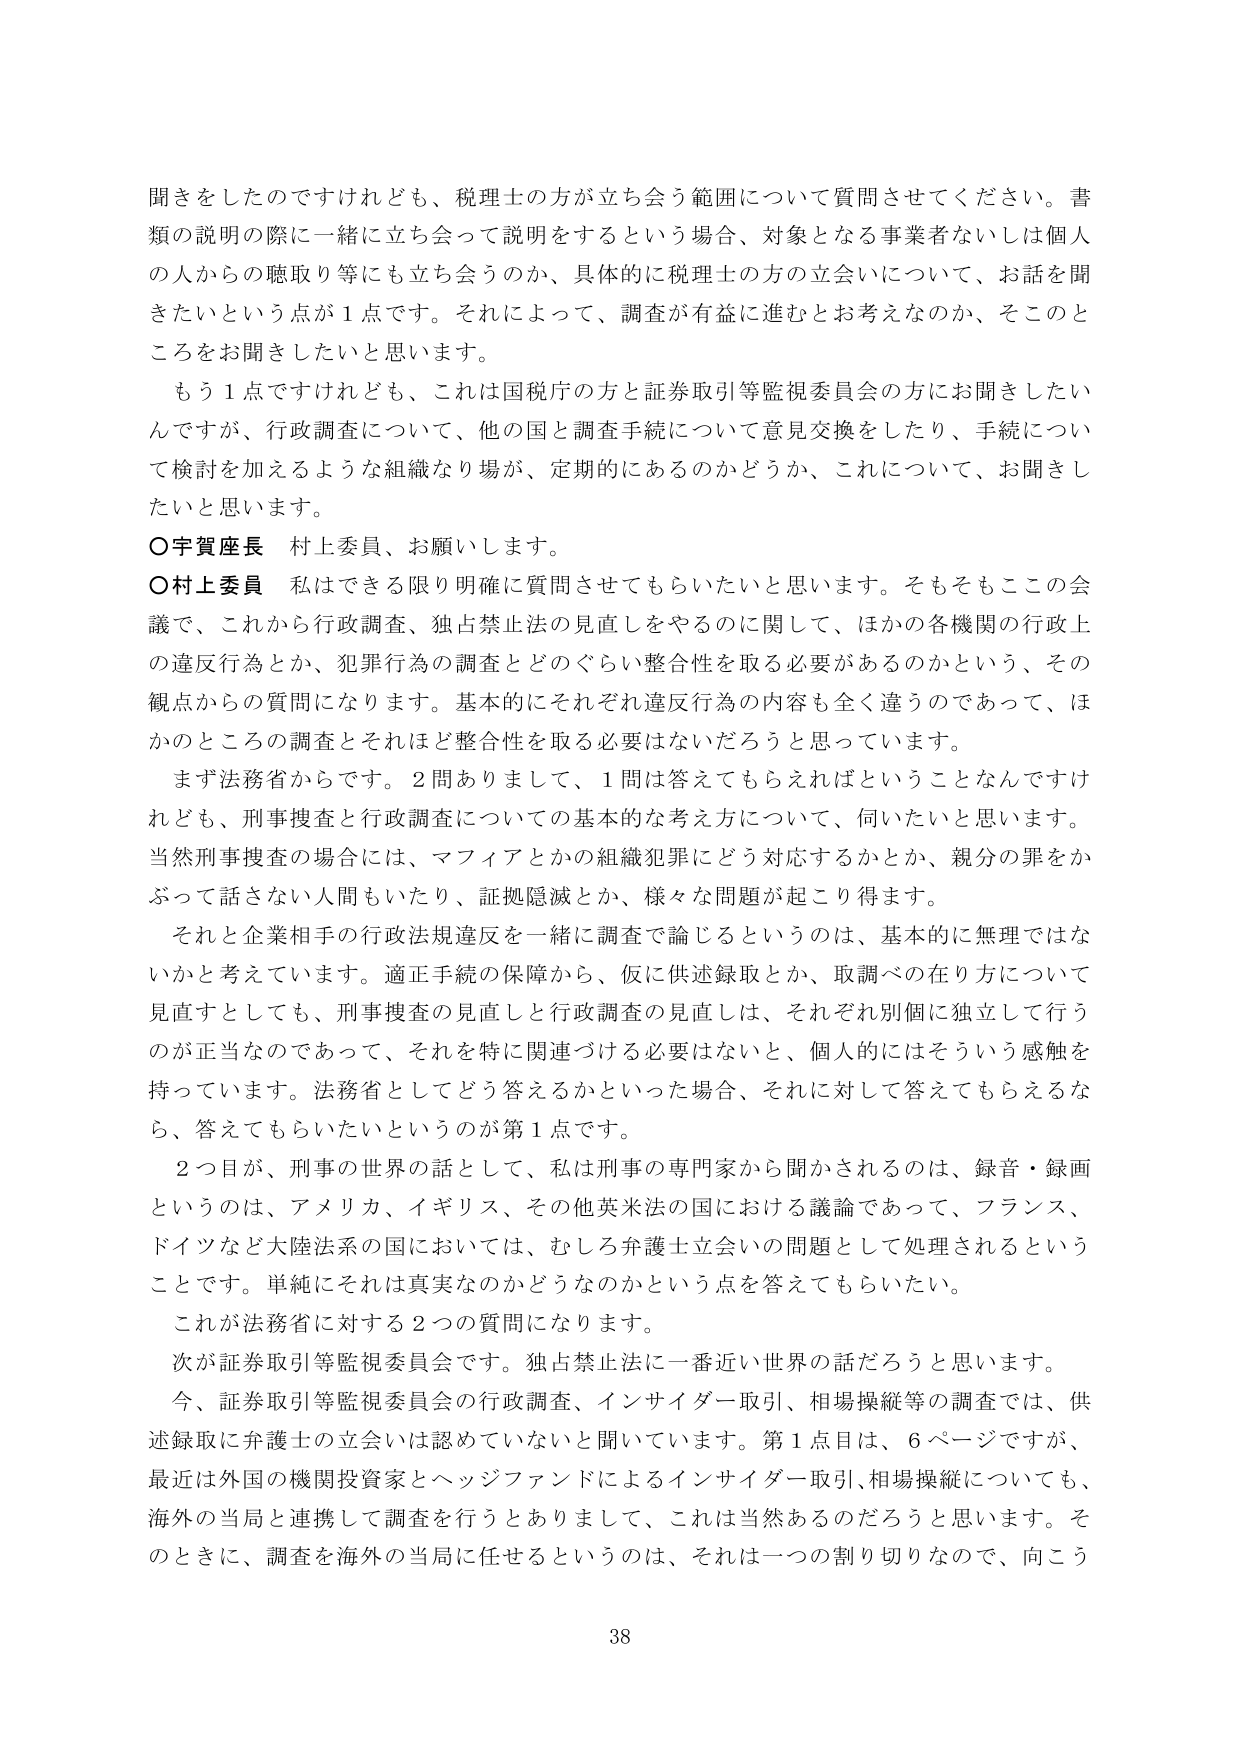
開きをしたのですけれども、税理士の方が立ち会う範囲について質問させてください。書類の説明の際に一緒に立ち会って説明をするという場合、対象となる事業者ないしは個人の人からの聴取等にも立ち会うのか、具体的に税理士の方の立会いについて、お話を聞きたいという点が１点です。それによって、調査が有益に進むと考えなのか、そことのところをお聞きしたいと思います。

もう１点ですけれども、これは国税庁の方と証券取引等監視委員会の方にお聞きしたいんですが、行政調査について、他の国と調査手続について意見交換をしたり、手続について検討を加えるような組織なり場が、定期的にあるのかどうか、これについて、お聞きしたいと思います。

○宇賀座長　村上委員、お願いします。

○村上委員　私はできる限り明確に質問させてもらいたいと思います。そもそもこここの会議で、これから行政調査、独占禁止法の見直しをやるのに関して、ほかの各機関の行政上の違反行為とか、犯罪行為の調査とどのぐらい整合性を取る必要があるのかという、その観点からの質問になります。基本的にそれぞれ違反行為の内容も全く違うのであって、ほかのところの調査とそれほど整合性を取る必要はないだろうと思っています。

まず法務省からです。２問ありまして、１問は答えてもらえればということなんですけれども、刑事捜査と行政調査についての基本的な考え方について、伺いたいと思います。当然刑事捜査の場合には、マフィアとかの組織犯罪にどう対応するかとか、親分の罪をかぶって話さない人間もいたり、証拠隠滅とか、様々な問題が起こり得ます。

それと企業相手の行政法規違反を一緒に調査で論じるというのは、基本的に無理ではないかと考えています。適正手続の保障から、仮に供述録取とか、取調べの在り方について見直すとしても、刑事捜査の見直しと行政調査の見直しは、それぞれ別個に独立して行うのが正当なのであって、それを特に関連づける必要はない、と、個人的にはそういう感触を持っています。法務省としてどう答えるかといった場合、それに対して答えてもらえるなら、答えてもらいたいというのが第１点です。

２つ目が、刑事の世界の話として、私は刑事の専門家から聞かされるのは、録音・録画というのは、アメリカ、イギリス、その他英米法の国における議論であって、フランス、ドイツなど大陸法系の国においては、むしろ弁護士立会いの問題として処理されるということです。単純にそれは真実なのかどうなのかという点を答えてもらいたい。

これが法務省に対する２つの質問になります。

次が証券取引等監視委員会です。独占禁止法に一番近い世界の話だろうと思います。

今、証券取引等監視委員会の行政調査、インサイダー取引、相場操縦等の調査では、供述録取に弁護士の立会いは認めていないと聞いています。第１点目は、６ページですが、最近は外国の機関投資家とヘッジファンドによるインサイダー取引、相場操縦についても、海外の当局と連携して調査を行うとありまして、これは当然あるのだろうと思います。そのときに、調査を海外の当局に任せるというのは、それは一つの割り切りなので、向こう

38